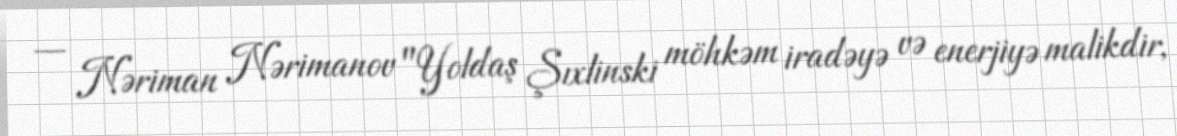
— Nəriman Nərimanov "Yoldaş Şıxlinski möhkəm iradəyə və enerjiyə malikdir,